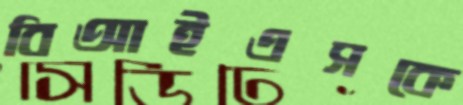
বিআইএসকে